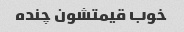
خوب قیمتشون چنده